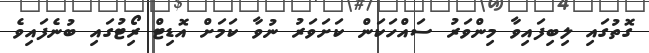
ގޮތުގައި ލިބިފައިވާ މިންވަރު ސައްހަކަން ކަށަވަރު ނުވާ ކަމަށް އޮޑިޓް ރިޯޓުގައި ބުނެފައިވެ